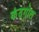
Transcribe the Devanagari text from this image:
कंदगोल